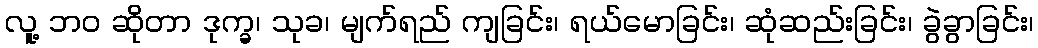
လူ့ ဘဝ ဆိုတာ ဒုက္ခ၊ သုခ၊ မျက်ရည် ကျခြင်း၊ ရယ်မောခြင်း၊ ဆုံဆည်းခြင်း၊ ခွဲခွာခြင်း၊